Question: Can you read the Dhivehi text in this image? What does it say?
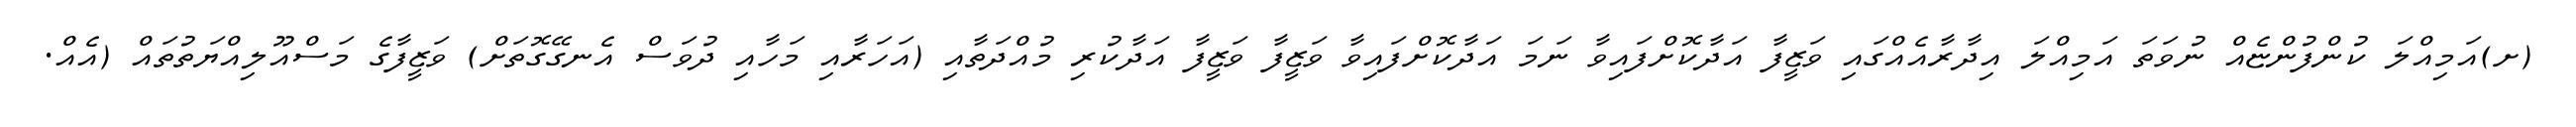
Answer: (ށ)އަމިއްލަ ކުންފުންޏެއް ނުވަތަ އަމިއްލަ އިދާރާއެއްގައި ވަޒީފާ އަދާކޮށްފައިވާ ނަމަ އަދާކޮށްފައިވާ ވަޒީފާ ވަޒީފާ އަދާކުރި މުއްދަތާއި (އަހަރާއި މަހާއި ދުވަސް އެނގޭގޮތަށް) ވަޒީފާގެ މަސްއޫލިއްޔަތުތައް (އެއް.